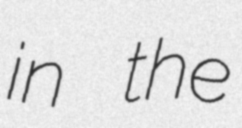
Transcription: in the